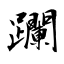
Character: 躝